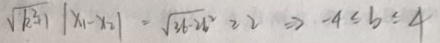
\sqrt { k ^ { 2 } + 1 } \vert x _ { 1 } - x _ { 2 } \vert = \sqrt { 3 b - 2 b ^ { 2 } } \geq 2 \Rightarrow - 4 \leq b \leq 4